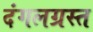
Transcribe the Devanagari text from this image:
दंगलग्रस्त